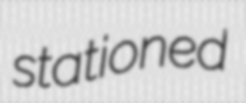
stationed